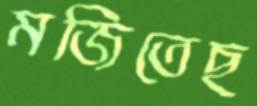
মজিতেছ